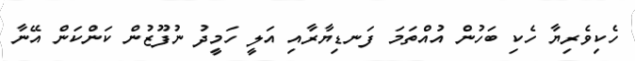
ހެކިވެރިޔާ ހެކި ބަހުން އުއްތަމަ ފަނޑިޔާރާއި އަލީ ހަމީދު ނުފޫޒުން ކަންކަން އޭނާ